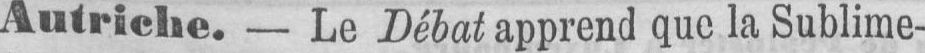
Autriche. - Le Débat apprend que la Sublime-